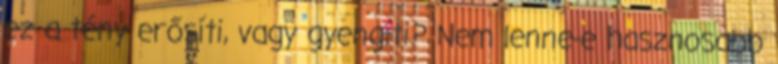
ez a tény erősíti, vagy gyengíti? Nem lenne-e hasznosabb